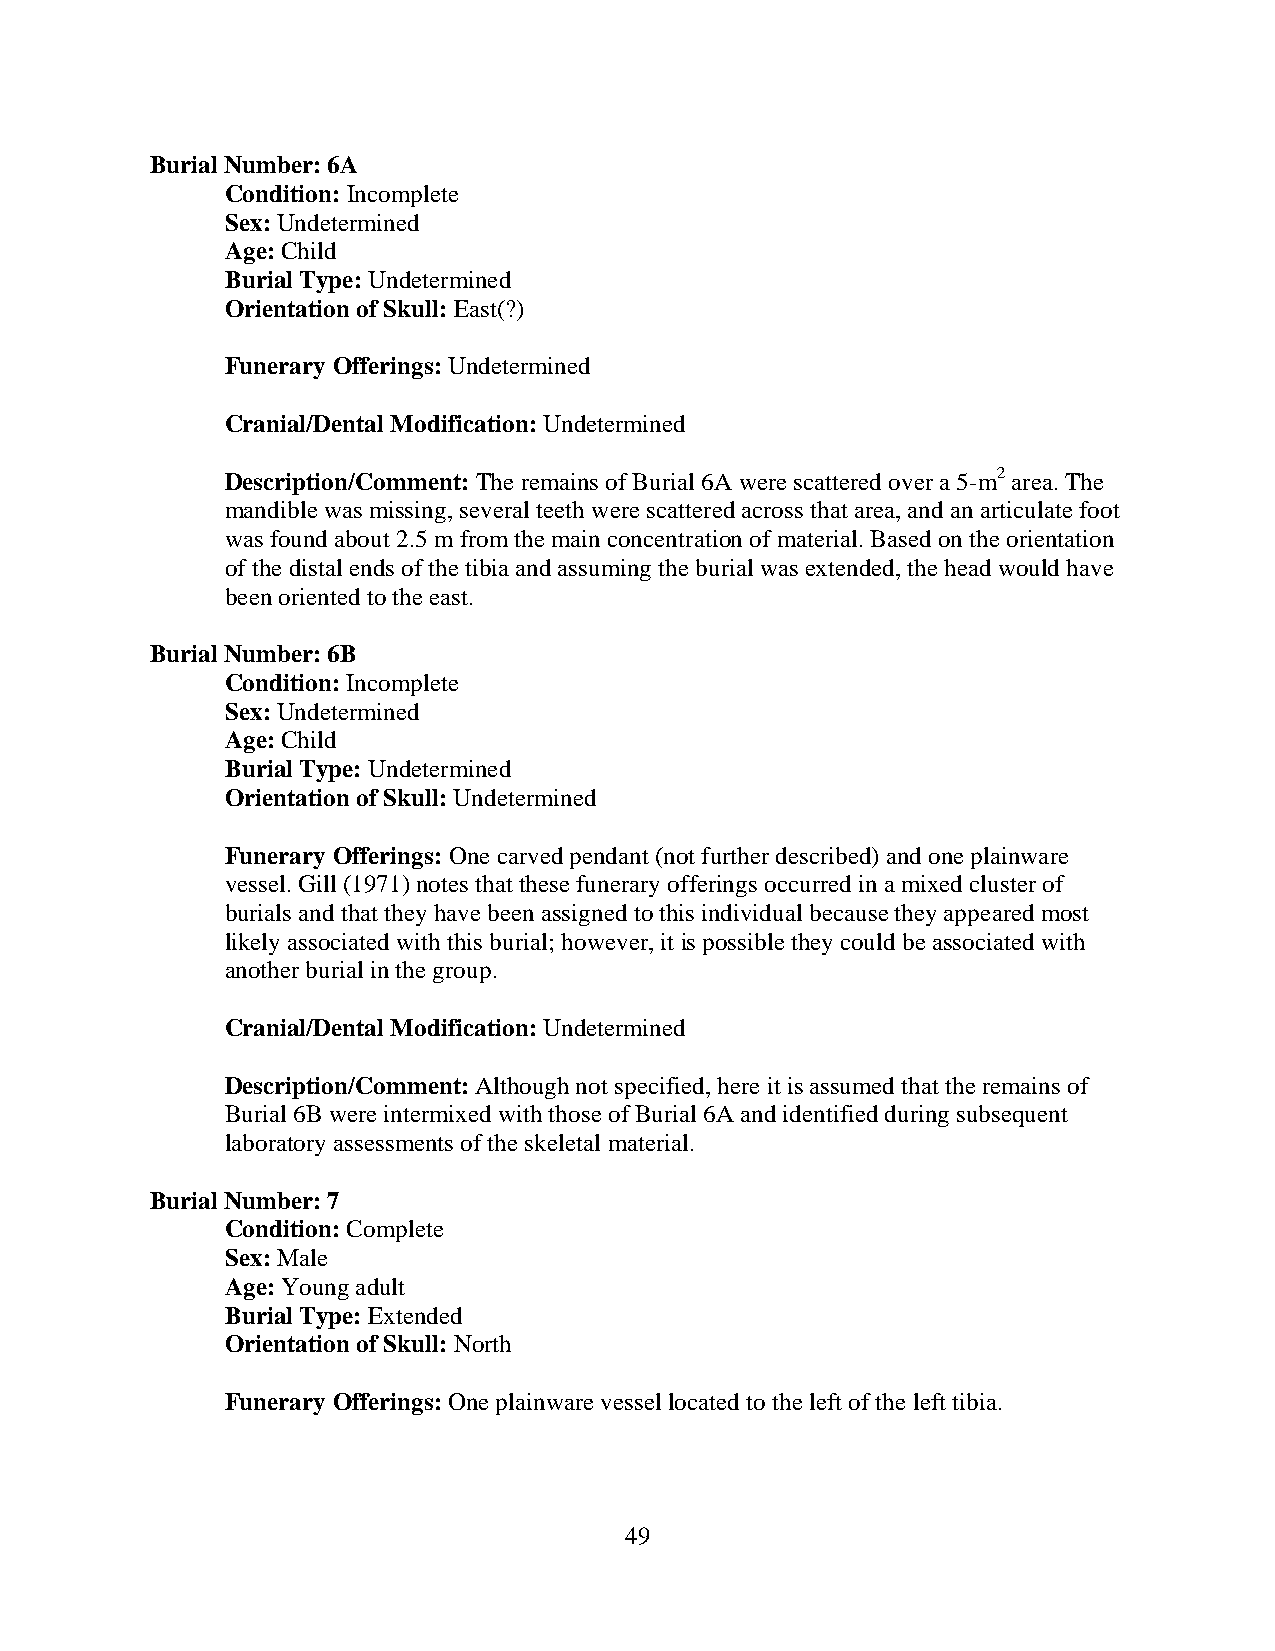
Burial Number: 6A
 Condition: Incomplete
 Sex: Undetermined
 Age: Child
 Burial Type: Undetermined
 Orientation of Skull: East(?)
 Funerary Offerings: Undetermined
 Cranial/Dental Modification: Undetermined
 Description/Comment: The remains of Burial 6A were scattered over a 5-m2 area. The
 mandible was missing, several teeth were scattered across that area, and an articulate foot
 was found about 2.5 m from the main concentration of material. Based on the orientation
 of the distal ends of the tibia and assuming the burial was extended, the head would have
 been oriented to the east.
 Burial Number: 6B
 Condition: Incomplete
 Sex: Undetermined
 Age: Child
 Burial Type: Undetermined
 Orientation of Skull: Undetermined
 Funerary Offerings: One carved pendant (not further described) and one plainware
 vessel. Gill (1971) notes that these funerary offerings occurred in a mixed cluster of
 burials and that they have been assigned to this individual because they appeared most
 likely associated with this burial; however, it is possible they could be associated with
 another burial in the group.
 Cranial/Dental Modification: Undetermined
 Description/Comment: Although not specified, here it is assumed that the remains of
 Burial 6B were intermixed with those of Burial 6A and identified during subsequent
 laboratory assessments of the skeletal material.
 Burial Number: 7
 Condition: Complete
 Sex: Male
 Age: Young adult
 Burial Type: Extended
 Orientation of Skull: North
 Funerary Offerings: One plainware vessel located to the left of the left tibia.
 49